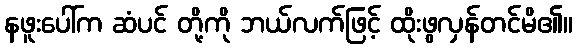
နဖူးပေါ်က ဆံပင် တို့ကို ဘယ်လက်ဖြင့် ထိုးဖွလှန်တင်မိ၏။